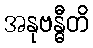
အနုဗန္ဓီတိ